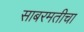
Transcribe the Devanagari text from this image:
साबरमतीचा